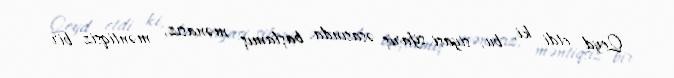
Qeyd etdi ki, bu, siyasi sifariş əsasında başlamış mənasız, məntiqsiz bir